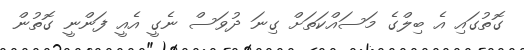
ގޮތުގައި އެ ބިލްގެ މަސައްކަތަށް ގިނަ ދުވަސް ނެގީ އެއީ ފަންނީ ގޮތުން